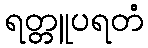
ရတ္တူပရတံ